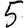
Digit: 5